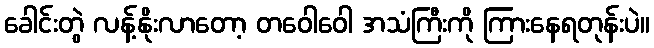
ခေါင်းတွဲ လန့်နိုးလာတော့ တဝေါဝေါ အသံကြီးကို ကြားနေရတုန်းပဲ။